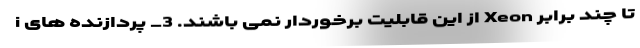
i از این قابلیت برخوردار نمی باشند. 3_ پردازنده های Xeon تا چند برابر